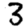
Digit: 3